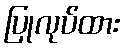
ပြုလုပ်ထား